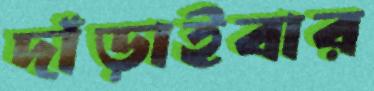
দাঁড়াইবার